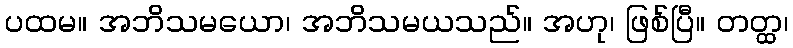
ပထမ။ အဘိသမယော၊ အဘိသမယသည်။ အဟု၊ ဖြစ်ပြီ။ တတ္ထ၊